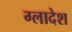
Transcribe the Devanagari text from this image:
ग्लादेश